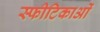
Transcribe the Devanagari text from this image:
स्फीटिकाओं